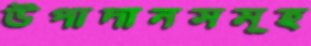
উপাদানসমূহ